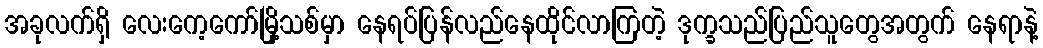
အခုလက်ရှိ လေးကေ့ကော်မြို့သစ်မှာ နေရပ်ပြန်လည်နေထိုင်လာကြတဲ့ ဒုက္ခသည်ပြည်သူတွေအတွက် နေရာနဲ့